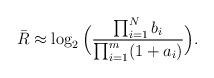
LaTeX: \begin{align*}{\bar R}\approx \log_2\Big(\frac{\prod_{i=1}^Nb_i}{\prod_{i=1}^m(1+a_i)}\Big).\end{align*}